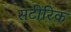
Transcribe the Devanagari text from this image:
सटीरिक